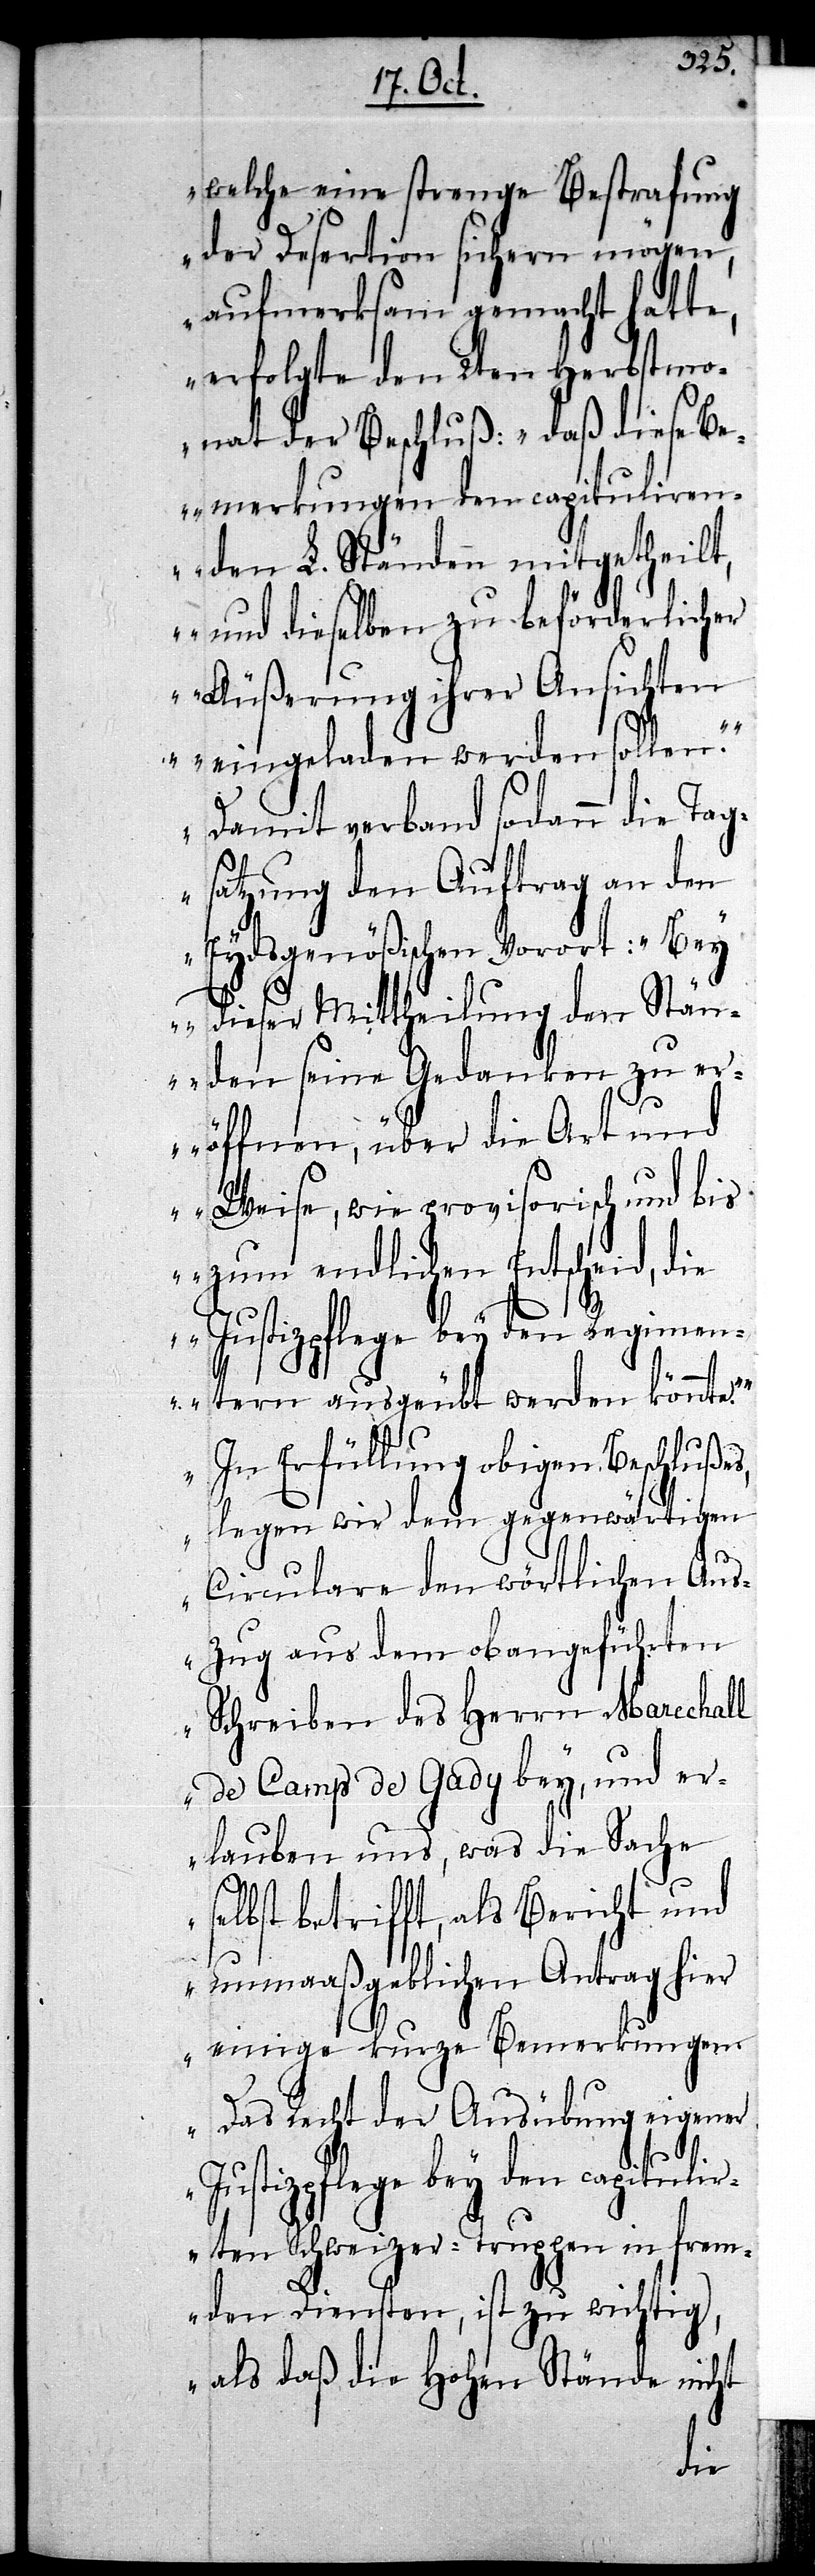
welche eine strenge Bestrafung
der Desertion sichern mögen,
aufmerksam gemacht hatte,
erfolgte den 2ten Herbstmo¬
nat der Beschluß: ‚Daß diese Be¬
merkungen den capituliren¬
den L. Ständen mithgetheilt,
und dieselben zu beförderlicher
Äußerung ihrer Ansichten
eingeladen werden sollen.’
Damit verband sodann die Tag¬
satzung den Auftrag an den
Eydsgenößischen Vorort: ‚Bey
dieser Mittheilung den Stän¬
den seine Gedanken zu er¬
öffnen, über die Art und
Weise, wie provisorisch und bis
zum endlichen Entscheid, die
tern ausgeübt werden könnte.’
In Erfüllung obigen Beschlußes,
legen wir dem gegenwärtigen
Circulare den wörtlichen Aus¬
zug aus dem obangeführten
Schreiben des Herrn Marechall
de Camp de Gady bey, und er¬
lauben uns, was die Sache
selbst betrifft, als Bericht und
unmaaßgeblichen Antrag hier
einige kurze Bemerkungen:
Das Recht der Ausübung eigener
Justizpflege bey den capitulir¬
enden Schweizer-Truppen in frem¬
den Diensten, ist zu wichtig,
als daß die Hohen Stände nicht